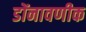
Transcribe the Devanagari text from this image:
डोंनावणीक